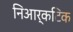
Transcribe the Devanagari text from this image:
निआर्कटिक